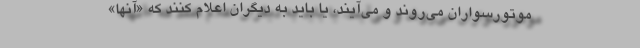
موتورسواران مي‌روند و مي‌آيند، يا بايد به ديگران اعلام كنند كه «آنها»